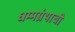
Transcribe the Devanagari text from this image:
धम्मग्रंथाची